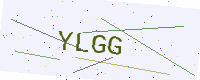
Text: YLGG